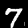
Label: 7